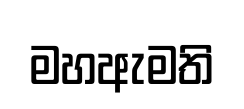
මහඇමති